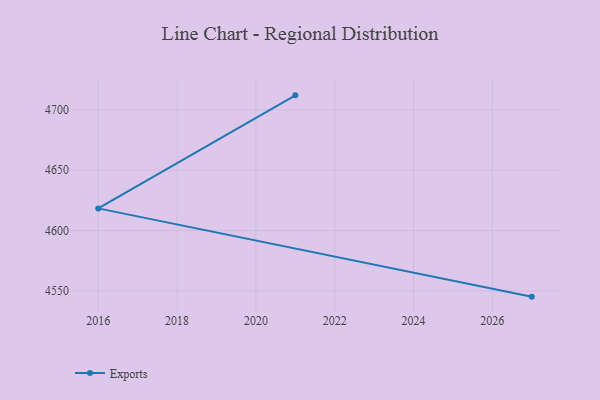
{"axis": {"x": "Year", "y": "Gross Profit (USD K)"}, "legend": ["Exports"], "data": [{"x": "2027", "y": 4545.2, "type": "Exports"}, {"x": "2016", "y": 4618.3, "type": "Exports"}, {"x": "2021", "y": 4711.9, "type": "Exports"}]}